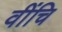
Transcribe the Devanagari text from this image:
वींचि